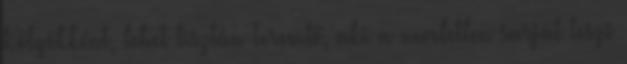
Kölyökként, lehet tisztán Teremtő, aki a neveletlen sarját teszi